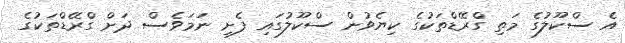
އެ ސްކޫލުގެ މަތި ގްރޭޑްތަކުގެ ކިޔެވުން ސްކޫލުގައި ފެށި ނަމަވެސް ދަށް ގްރޭޑްތަކުގެ